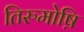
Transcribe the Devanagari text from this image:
तिरुमोष़ि